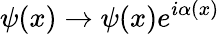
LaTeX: \psi(x)\rightarrow\psi(x)e^{i\alpha(x)}